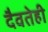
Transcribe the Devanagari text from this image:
दैवतेही